Civil Veterinary Dept. Bombay admin report 1900-1906 - 1900-1906
Year: 1900
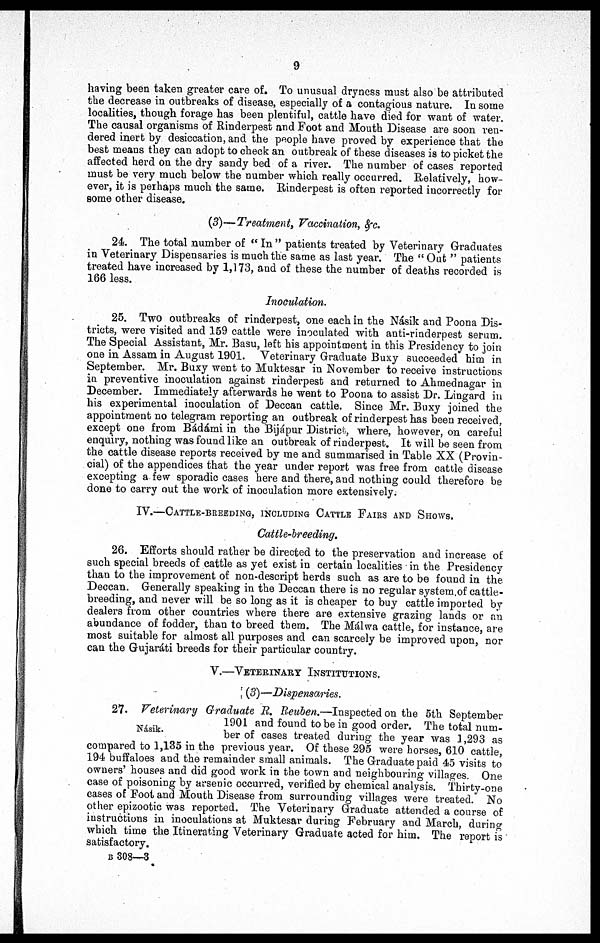
9
having been taken greater care of. To unusual dryness must also be attributed
the decrease in outbreaks of disease, especially of a contagious nature. In some
localities, though forage has been plentiful, cattle have died for want of water.
The causal organisms of Rinderpest and Foot and Mouth Disease are soon ren-
dered inert by desiccation, and the people have proved by experience that the
best means they can adopt to check an outbreak of these diseases is to picket the
affected herd on the dry sandy bed of a river. The number of cases reported
must be very much below the number which really occurred. Relatively, how-
ever, it is perhaps much the same. Rinderpest is often reported incorrectly for
some other disease.
(3)—Treatment,
Vaccination, &c.
24. The total number of " In " patients treated by Veterinary Graduates
in Veterinary Dispensaries is much the same as last year. The " Out " patients
treated have increased by 1,173, and of these the number of deaths recorded is
166 less.
Inoculation.
25. Two outbreaks of rinderpest, one each in the Násik and Poona Dis-
tricts, were visited and 159 cattle were inoculated with anti-rinderpest serum.
The Special Assistant, Mr. Basu, left his appointment in this Presidency to join
one in Assam in August 1901. Veterinary Graduate Buxy succeeded him in
September. Mr. Buxy went to Muktesar in November to receive instructions
in preventive inoculation against rinderpest and returned to Ahmednagar in
December. Immediately afterwards he went to Poona to assist Dr. Lingard in
his experimental inoculation of Deccan cattle. Since Mr. Buxy joined the
appointment no telegram reporting an outbreak of rinderpest has been received,
except one from Bádámi in the Bijápur District, where, however, on careful
enquiry, nothing was found like an outbreak of rinderpest. It will be seen from
the cattle disease reports received by me and summarised in Table XX (Provin-
cial) of the appendices that the year under report was free from cattle disease
excepting a few sporadic cases here and there, and nothing could therefore be
done to carry out the work of inoculation more extensively.
IV.—CATTLE-BREEDING, INCLUDING CATTLE FAIRS AND SHOWS.
Cattle-breeding.
26. Efforts should rather be directed to the preservation and increase of
such special breeds of cattle as yet exist in certain localities in the Presidency
than to the improvement of non-descript herds such as are to be found in the
Deccan. Generally speaking in the Deccan there is no regular system of cattle-
breeding, and never will be so long as it is cheaper to buy cattle imported by
dealers from other countries where there are extensive grazing lands or an
abundance of fodder, than to breed them. The Málwa cattle, for instance, are
most suitable for almost all purposes and can scarcely be improved upon, nor
can the Gujaráti breeds for their particular country.
V.—VETERINARY INSTITUTIONS.
(3)—Dispensaries.
Násik.
27. Veterinary Graduate R. Reuben.—Inspected on the 5th September
1901 and found to be in good order. The total num-
ber of cases treated during the year was 1,293 as
compared to 1,135 in the previous year. Of these 295 were horses, 610 cattle,
194 buffaloes and the remainder small animals. The Graduate paid 45 visits to
owners' houses and did good work in the town and neighbouring villages. One
case of poisoning by arsenic occurred, verified by chemical analysis. Thirty-one
cases of Foot and Mouth Disease from surrounding villages were treated. No
other epizootic was reported. The Veterinary Graduate attended a course of
instructions in inoculations at Muktesar during February and March, during
which time the Itinerating Veterinary Graduate acted for him. The report is
satisfactory.
B 308—3